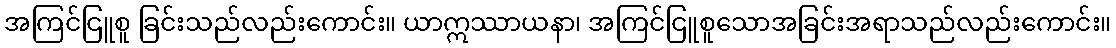
အကြင်ငြူစူ ခြင်းသည်လည်းကောင်း။ ယာဣဿာယနာ၊ အကြင်ငြူစူသောအခြင်းအရာသည်လည်းကောင်း။